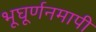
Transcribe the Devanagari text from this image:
भूघूर्णनमापी